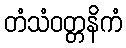
တံသံဝတ္တနိကံ